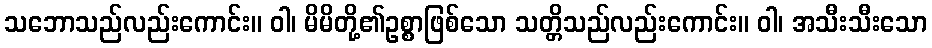
သဘောသည်လည်းကောင်း။ ဝါ၊ မိမိတို့၏ဥစ္စာဖြစ်သော သတ္တိသည်လည်းကောင်း။ ဝါ၊ အသီးသီးသော